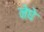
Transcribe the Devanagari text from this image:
नेघे